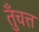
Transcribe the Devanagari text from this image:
तुँचत्त